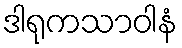
ဒါရုကသာဝါနံ